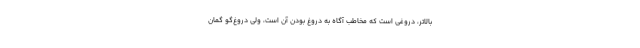
بالاتر، دروغی است که مخاطب آگاه به دروغ بودن آن است، ولی دروغ‌گو گمان